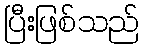
ပြီးဖြစ်သည်